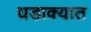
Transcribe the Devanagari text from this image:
धडाक्‍यात